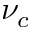
\nu _ { c }